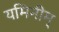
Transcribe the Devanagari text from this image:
यमिनीम्